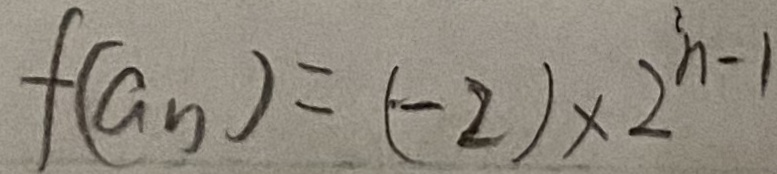
f ( a _ { n } ) = ( - 2 ) \times 2 ^ { n - 1 }